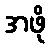
အဖို